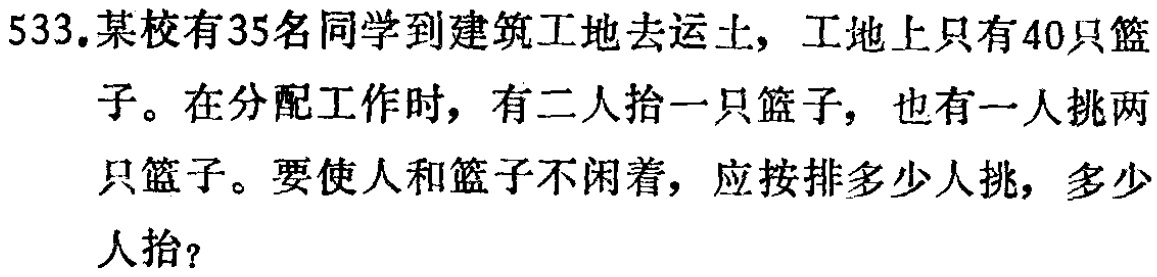
533.某校有35名同学到建筑工地去运土，工地上只有40只篮子。在分配工作时，有二人抬一只篮子，也有一人挑两只篮子。要使人和篮子不闲着，应按排多少人挑，多少人抬？